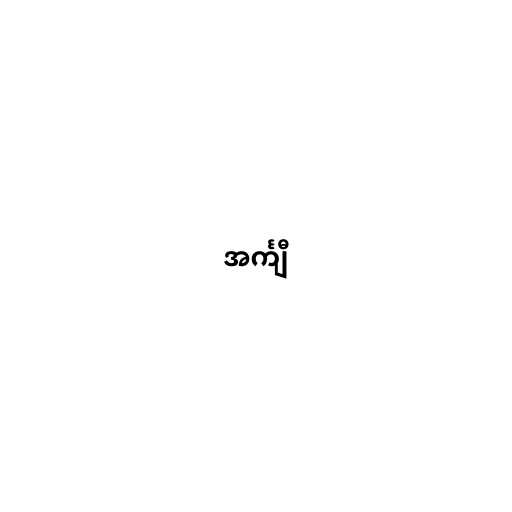
အင်္ကျီ